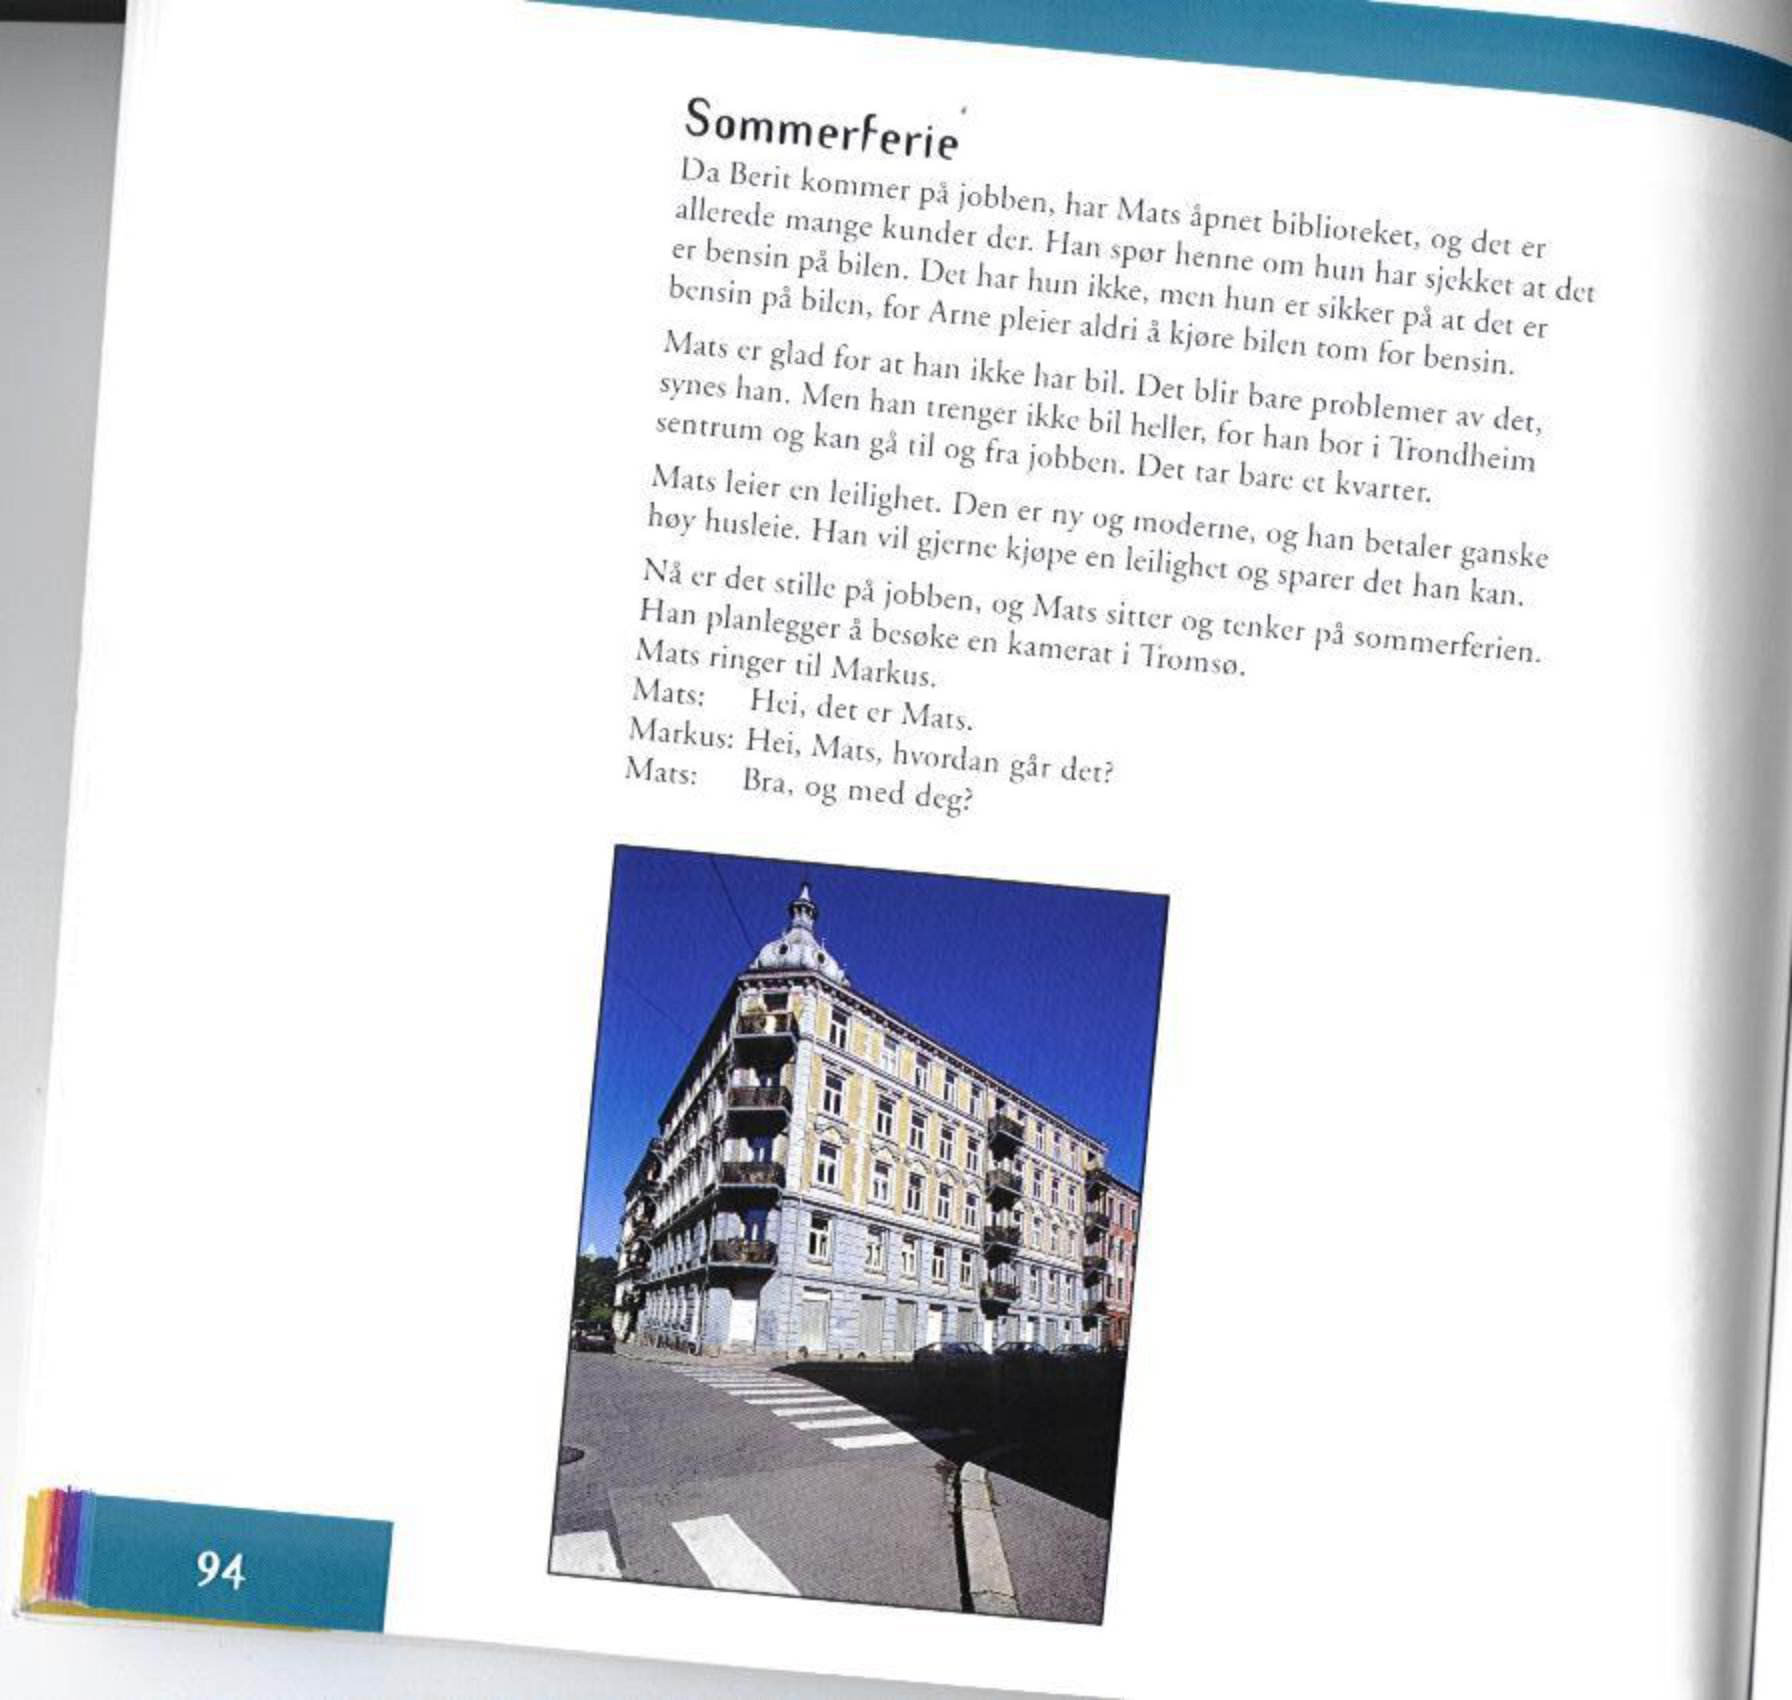
Language: no